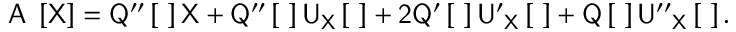
\sf A _ { \tau } \left[ \sf X \right] = \sf { Q ^ { \prime \prime } } \left[ \tau \right] \sf { X } + \sf { Q ^ { \prime \prime } } \left[ \tau \right] \sf { U } _ { \sf X } \left[ \tau \right] + 2 \sf { Q ^ { \prime } } \left[ \tau \right] \sf { U ^ { \prime } } _ { \sf X } \left[ \tau \right] + \sf { Q } \left[ \tau \right] \sf { U ^ { \prime \prime } } _ { \sf X } \left[ \tau \right] .